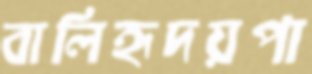
বালিহৃদয়পা